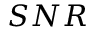
S N R